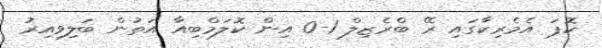
ކޮޕަ އެމެރިކާގައި ރޭ ބްރެޒިލް 1-0 އިން ކޮލަމްބިއާ އަތުން ބަލިވިއިރު